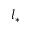
l _ { * }